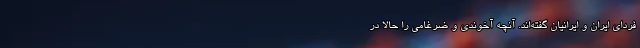
فردای ایران و ایرانیان گفته‌اند. آنچه آخوندی و ضرغامی را حالا در